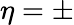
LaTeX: \eta=\pm